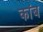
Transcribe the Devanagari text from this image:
कांब